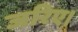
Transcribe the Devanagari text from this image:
जरिए।